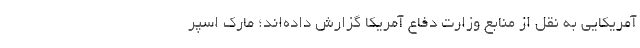
آمریکایی به نقل از منابع وزارت دفاع آمریکا گزارش داده‌اند؛ مارک اسپر